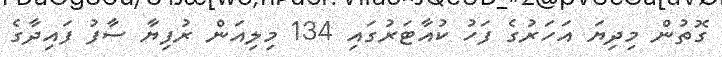
ގޮތުން މިދިޔަ އަހަރުގެ ފަހު ކުއާޓަރުގައި 134 މިލިއަން ރުފިޔާ ސާފު ފައިދާގެ